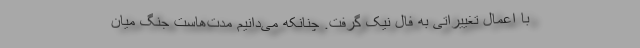
با اِعمال تغییراتی به فال نیک گرفت. چنانکه می‌دانیم مدت‌هاست جنگ میان